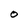
Character: O